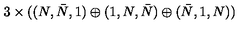
3 \times ( ( N , \bar { N } , 1 ) \oplus ( 1 , N , \bar { N } ) \oplus ( \bar { N } , 1 , N ) )